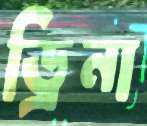
ড্রিনা